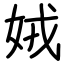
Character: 娀